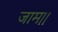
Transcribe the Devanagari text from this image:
जाम।।